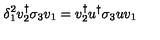
\delta _ { 1 } ^ { 2 } v _ { 2 } ^ { \dagger } \sigma _ { 3 } v _ { 1 } = v _ { 2 } ^ { \dagger } u ^ { \dagger } \sigma _ { 3 } u v _ { 1 }